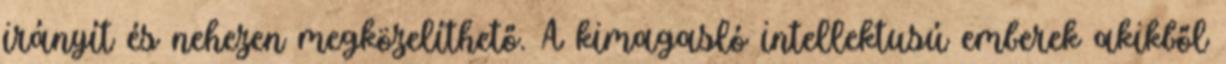
irányít és nehezen megközelíthető. A kimagasló intellektusú emberek akikből